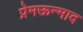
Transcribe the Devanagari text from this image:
प्रेमऊन्माद